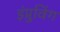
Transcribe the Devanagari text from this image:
इंप्रुविंग